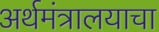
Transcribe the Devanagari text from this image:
अर्थमंत्रालयाचा